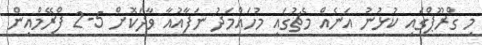
މި ގްރޫޕްގައި ކުޅުނު އަނެއް މެޗުގައި މުހައްމަދު ނަފާއުއާ ވާދަކޮށް 5-2 ފްރޭމްއިން